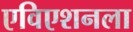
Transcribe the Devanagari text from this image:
एविएशनला